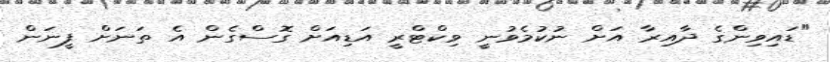
"ޑައިވިންގެ ދާއިރާ އަށް ނުކުމެވުނީ ވިކްޓްރީ އަޑިއަށް ގޮސްގެން އެ ތަނަށް ފީނަން